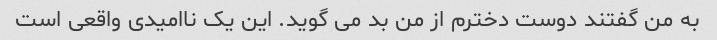
به من گفتند دوست دخترم از من بد می گوید. این یک ناامیدی واقعی است